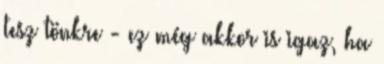
tesz tönkre - ez még akkor is igaz, ha